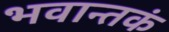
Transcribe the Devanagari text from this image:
भवान्तकं